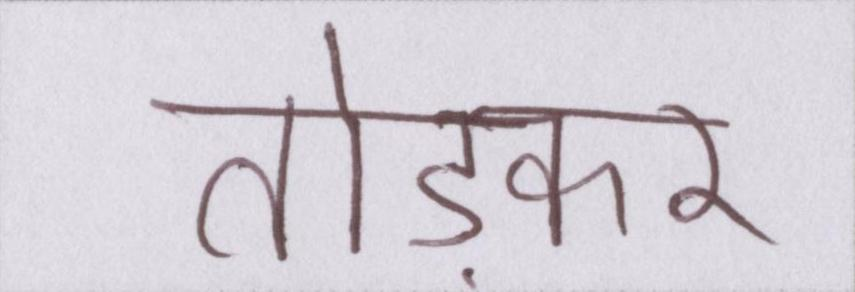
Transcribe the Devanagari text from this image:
तोड़कर